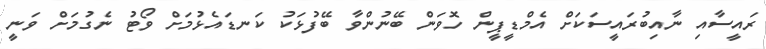
ރައީސާއި ނާއިބުރައީސަކަށް އެމްޑީޕީން ހޮވަން ބޭނުންވާ ބޭފުޅަކު ކަނޑައެޅުމަށް ވޯޓު ނެގުމަށް ވަނީ